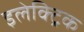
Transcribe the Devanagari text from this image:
इलेक्‍ट्रिक